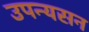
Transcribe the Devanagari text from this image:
उपन्यसन